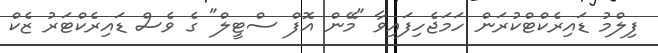
ފިލްމު ޑައިރެކްޓްކުރަން ހަމަޖެހިފައިވާ "މޭން އޮފް ސްޓީލް" ގެ ވެސް ޑައިރެކްޓަރު ޒެކް